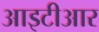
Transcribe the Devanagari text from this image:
आइटीआर